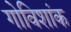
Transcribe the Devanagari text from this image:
गोविशांक